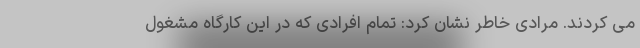
می کردند. مرادی خاطر نشان کرد: تمام افرادی که در این کارگاه مشغول